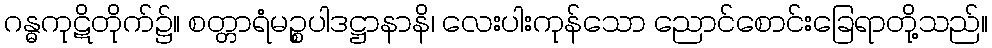
ဂန္ဓကုဋိတိုက်၌။ စတ္တာရံမဉ္စပါဒဋ္ဌာနာနိ၊ လေးပါးကုန်သော ညောင်စောင်းခြေရာတို့သည်။